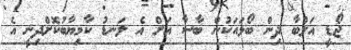
ޖޯޑީ އަލްބާ ދިން ބޯޅައަކުން ބާސާ އަށް އެ ލަނޑު ކާމިޔާބުކޮށްދިނީ އެ